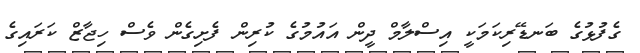
ގެފުޅުގެ ބަނޑޭރިކަމަކީ އިސްލާމް ދީން އައުމުގެ ކުރިން ފެށިގެން ވެސް ހިޖާޒް ކަރައިގެ